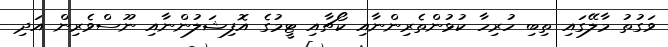
ވަގުތު މާލޭގައި ތިބި ހުރިހާ ކުޅުންތެރިންނާއި ކޯޗާއި ޓީމުގެ އޮފިޝަލުންނާއި ނޫސްވެރިން އަދި